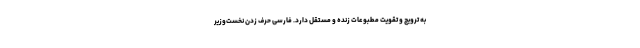
به ترویج و تقویت مطبوعات زنده و مستقل دارد. فارسی حرف زدن نخست‌وزیر